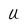
Character: U